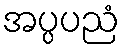
အပ္ပပညံ